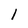
Character: l